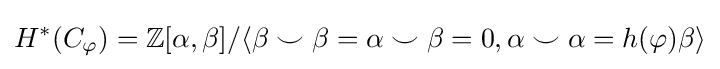
H^{*}(C_{\varphi })=\mathbb {Z} [\alpha ,\beta ]/\langle \beta \smile \beta =\alpha \smile \beta =0,\alpha \smile \alpha =h(\varphi )\beta \rangle